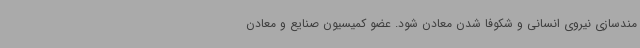
مندسازی نیروی انسانی و شکوفا شدن معادن شود. عضو کمیسیون صنایع و معادن